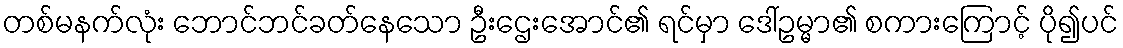
တစ်မနက်လုံး ဘောင်ဘင်ခတ်နေသော ဦးဌေးအောင်၏ ရင်မှာ ဒေါ်ဥမ္မာ၏ စကားကြောင့် ပို၍ပင်